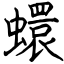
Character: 蠉